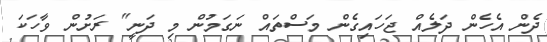
ދެން އެހެން ދަލެއް ޖަހައިގެން މަސްތައް ނަގަމުން މި ދަނީ" ރަށުން ވާހަކަ